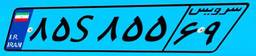
۳۵S۷۶۹۱۸